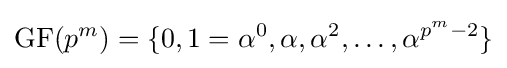
\mathrm {GF} (p^{m})=\{0,1=\alpha ^{0},\alpha ,\alpha ^{2},\ldots ,\alpha ^{p^{m}-2}\}